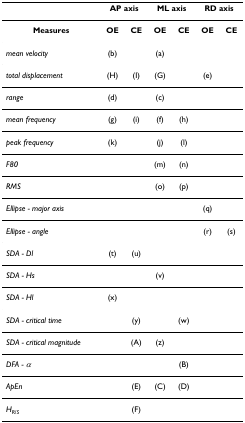
<table><thead><tr><td></td><td colspan="2"><b>AP axis</b></td><td colspan="2"><b>ML axis</b></td><td colspan="2"><b>RD axis</b></td></tr></thead><tbody><tr><td><b>Measures</b></td><td><b>OE</b></td><td><b>CE</b></td><td><b>OE</b></td><td><b>CE</b></td><td><b>OE</b></td><td><b>CE</b></td></tr><tr><td><i>mean velocity</i></td><td>(b)</td><td></td><td>(a)</td><td></td><td></td><td></td></tr><tr><td><i>total displacement</i></td><td>(H)</td><td>(I)</td><td>(G)</td><td></td><td>(e)</td><td></td></tr><tr><td><i>range</i></td><td>(d)</td><td></td><td>(c)</td><td></td><td></td><td></td></tr><tr><td><i>mean frequency</i></td><td>(g)</td><td>(i)</td><td>(f)</td><td>(h)</td><td></td><td></td></tr><tr><td><i>peak frequency</i></td><td>(k)</td><td></td><td>(j)</td><td>(l)</td><td></td><td></td></tr><tr><td><i>F80</i></td><td></td><td></td><td>(m)</td><td>(n)</td><td></td><td></td></tr><tr><td><i>RMS</i></td><td></td><td></td><td>(o)</td><td>(p)</td><td></td><td></td></tr><tr><td><i>Ellipse - major axis</i></td><td></td><td></td><td></td><td></td><td>(q)</td><td></td></tr><tr><td><i>Ellipse - angle</i></td><td></td><td></td><td></td><td></td><td>(r)</td><td>(s)</td></tr><tr><td><i>SDA - Dl</i></td><td>(t)</td><td>(u)</td><td></td><td></td><td></td><td></td></tr><tr><td><i>SDA - Hs</i></td><td></td><td></td><td>(v)</td><td></td><td></td><td></td></tr><tr><td><i>SDA - Hl</i></td><td>(x)</td><td></td><td></td><td></td><td></td><td></td></tr><tr><td><i>SDA - critical time</i></td><td></td><td>(y)</td><td></td><td>(w)</td><td></td><td></td></tr><tr><td><i>SDA - critical magnitude</i></td><td></td><td>(A)</td><td>(z)</td><td></td><td></td><td></td></tr><tr><td><i>DFA - α</i></td><td></td><td></td><td></td><td>(B)</td><td></td><td></td></tr><tr><td><i>ApEn</i></td><td></td><td>(E)</td><td>(C)</td><td>(D)</td><td></td><td></td></tr><tr><td><i>H</i><sub><i>R</i>/<i>S</i></sub></td><td></td><td>(F)</td><td></td><td></td><td></td><td></td></tr></tbody></table>